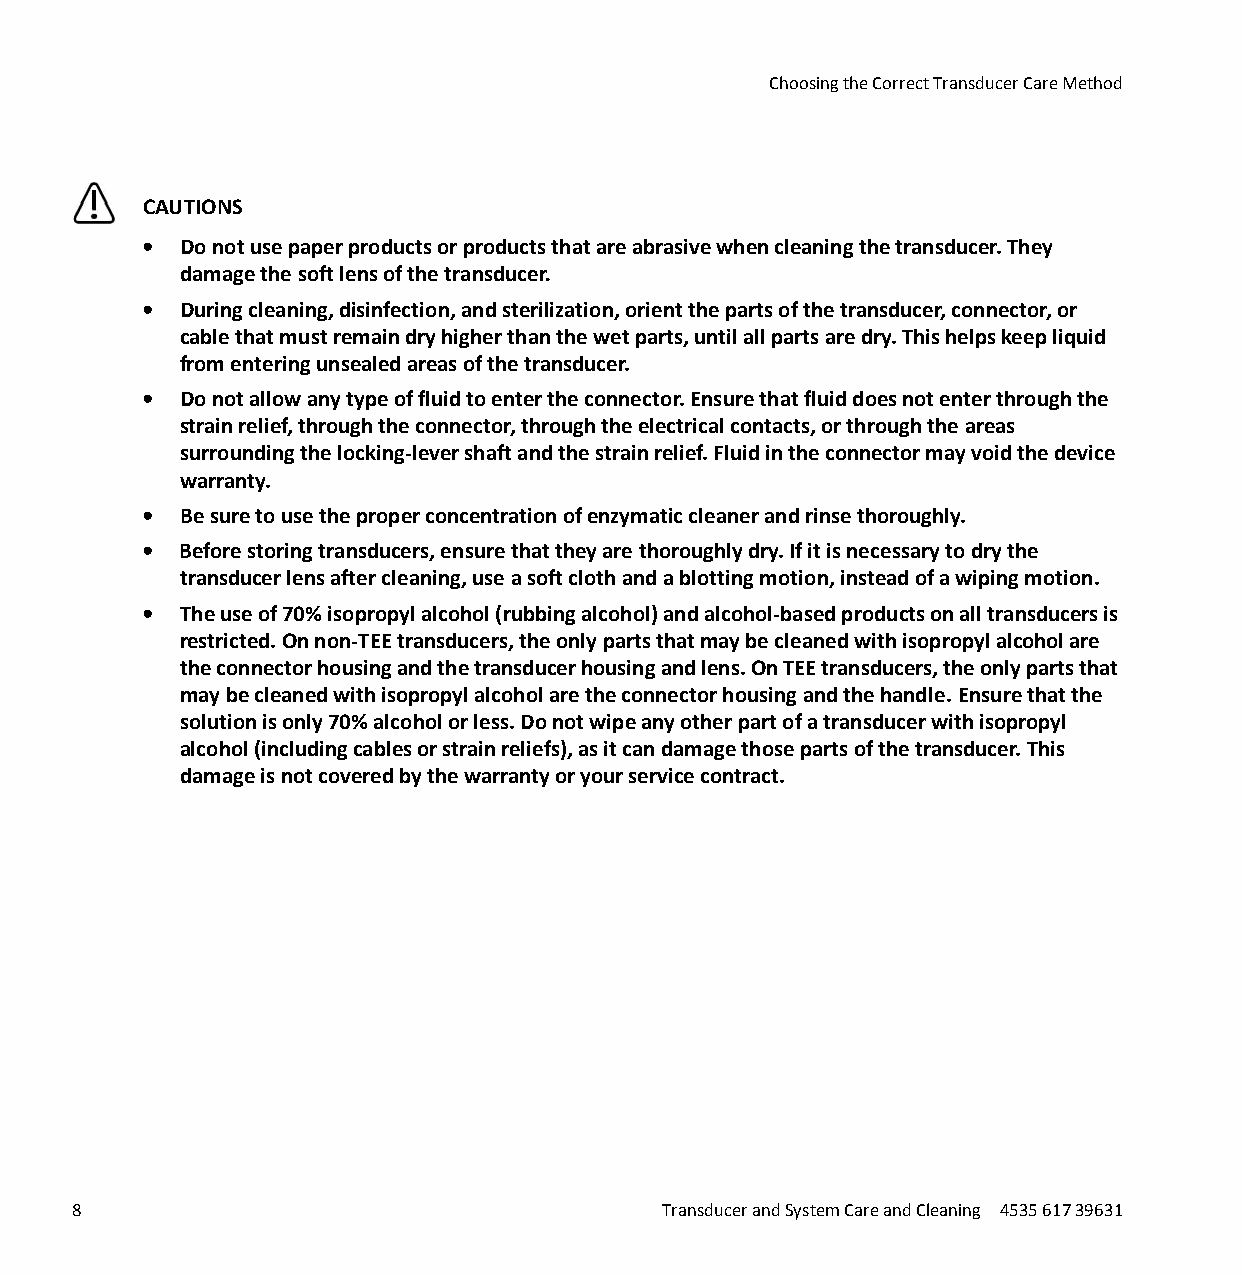
Choosing the Correct Transducer Care Method
 CAUTIONS
 • Do not use paper products or products that are abrasive when cleaning the transducer. They
 damage the soft lens of the transducer.
 • During cleaning, disinfection, and sterilization, orient the parts of the transducer, connector, or
 cable that must remain dry higher than the wet parts, until all parts are dry. This helps keep liquid
 from entering unsealed areas of the transducer.
 • Do not allow any type of fluid to enter the connector. Ensure that fluid does not enter through the
 strain relief, through the connector, through the electrical contacts, or through the areas
 surrounding the locking-lever shaft and the strain relief. Fluid in the connector may void the device
 warranty.
 • Be sure to use the proper concentration of enzymatic cleaner and rinse thoroughly.
 • Before storing transducers, ensure that they are thoroughly dry. If it is necessary to dry the
 transducer lens after cleaning, use a soft cloth and a blotting motion, instead of a wiping motion.
 • The use of 70% isopropyl alcohol (rubbing alcohol) and alcohol-based products on all transducers is
 restricted. On non-TEE transducers, the only parts that may be cleaned with isopropyl alcohol are
 the connector housing and the transducer housing and lens. On TEE transducers, the only parts that
 may be cleaned with isopropyl alcohol are the connector housing and the handle. Ensure that the
 solution is only 70% alcohol or less. Do not wipe any other part of a transducer with isopropyl
 alcohol (including cables or strain reliefs), as it can damage those parts of the transducer. This
 damage is not covered by the warranty or your service contract.
 8                                      Transducer and System Care and Cleaning 4535 617 39631
 erachtlaeH
 spilihP